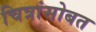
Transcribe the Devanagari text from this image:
चित्रांसोबत